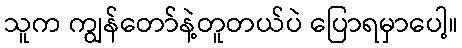
သူက ကျွန်တော်နဲ့တူတယ်ပဲ ပြောရမှာပေါ့။